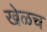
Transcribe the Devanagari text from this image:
खेळच